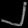
Digit: ၂